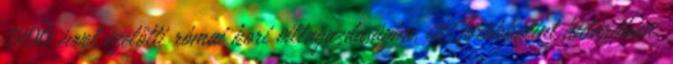
1800 évvel ezelőtti római kori villagazdaságba, itt Törökbálint határában.